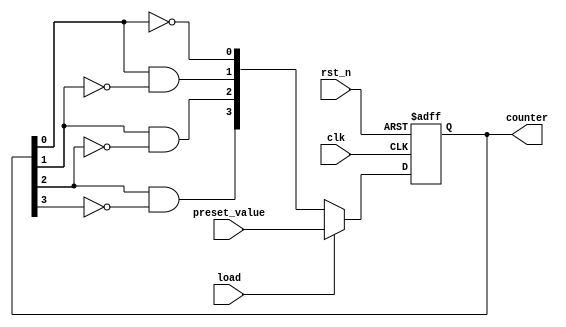
module johnson_counter(
    input wire clk,
    input wire rst_n,
    input wire load,
    input wire [3:0] preset_value,
    output reg [3:0] counter
);

reg [3:0] next_counter;

always @(posedge clk or negedge rst_n) begin
    if (~rst_n) begin
        counter <= 4'b0000;
    end else if (load) begin
        counter <= preset_value;
    end else begin
        counter <= next_counter;
    end
end

always @(*) begin
    next_counter[0] = ~counter[0];
    next_counter[1] = counter[0] & (~counter[1]);
    next_counter[2] = counter[1] & (~counter[2]);
    next_counter[3] = counter[2] & (~counter[3]);
end

endmodule